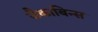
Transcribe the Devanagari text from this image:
जैकाबिन्स